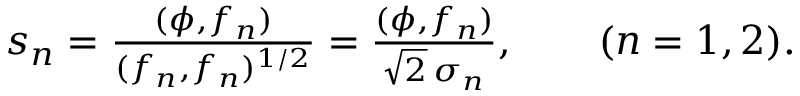
\begin{array} { r } { s _ { n } = \frac { ( \phi , f _ { n } ) } { ( f _ { n } , f _ { n } ) ^ { 1 / 2 } } = \frac { ( \phi , f _ { n } ) } { \sqrt { 2 } \, \sigma _ { n } } , \qquad ( n = 1 , 2 ) . } \end{array}